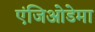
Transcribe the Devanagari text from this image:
एंजिओडेमा